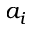
a _ { i }